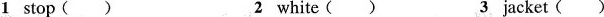
1stop() 2white() 3jacket()